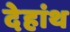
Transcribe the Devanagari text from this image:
देहांथ